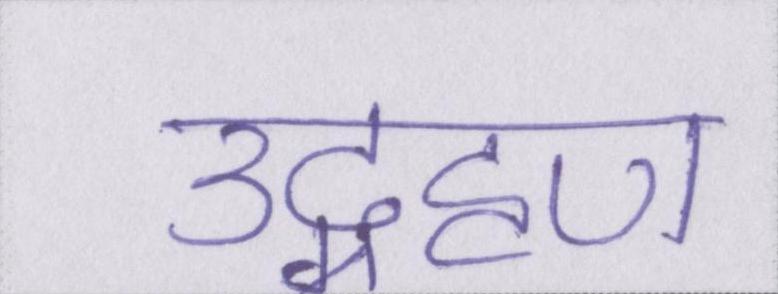
उद्ग्रहण